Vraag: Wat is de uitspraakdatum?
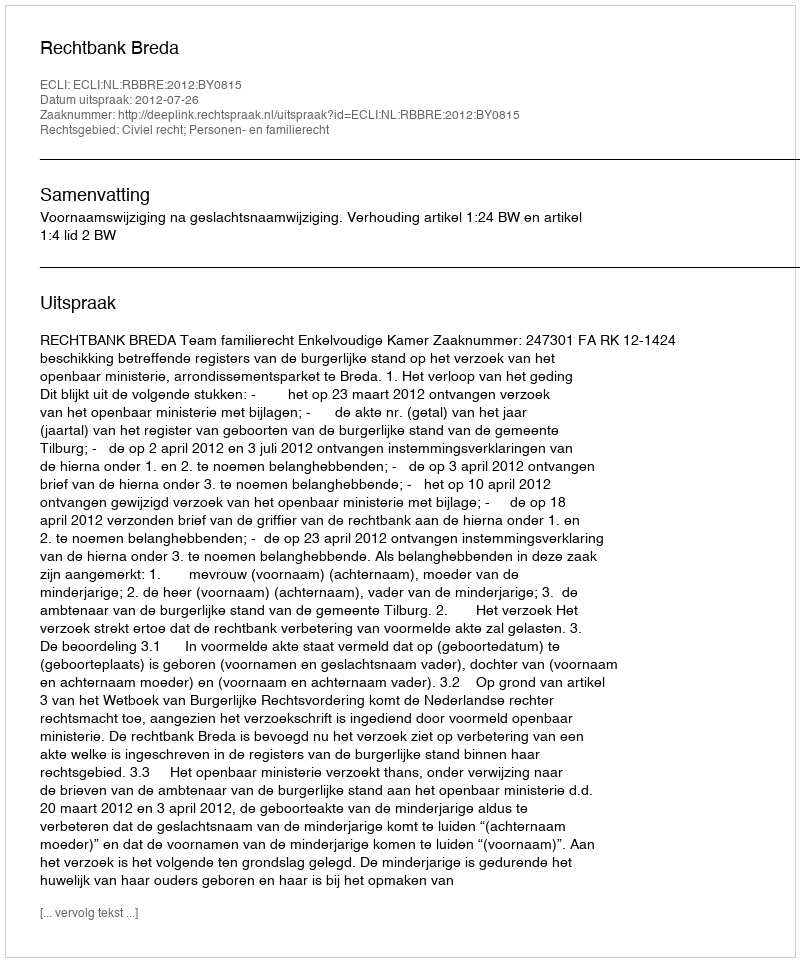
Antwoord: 2012-07-26